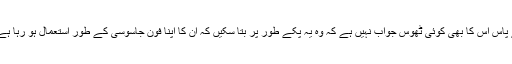
مودی کے پاس اس کا بھی کوئی ٹھوس جواب نہیں ہے کہ وہ یہ پکے طور پر بتا سکیں کہ ان کا اپنا فون جاسوسی کے طور استعمال ہو رہا ہے کہ نہیں؟